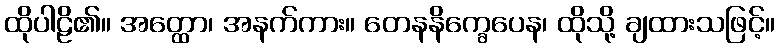
ထိုပါဠိ၏။ အတ္ထော၊ အနက်ကား။ တေနနိက္ခေပေန၊ ထိုသို့ ချထားသဖြင့်။